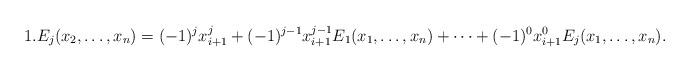
LaTeX: \begin{align*}1.E_j(x_2, \ldots, x_n)=(-1)^j x_{i+1}^j +(-1)^{j-1} x_{i+1}^{j-1} E_1(x_1, \ldots, x_n)+ \cdots + (-1)^0 x_{i+1}^0 E_j(x_1, \ldots, x_n).\end{align*}